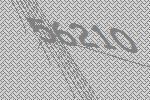
56210